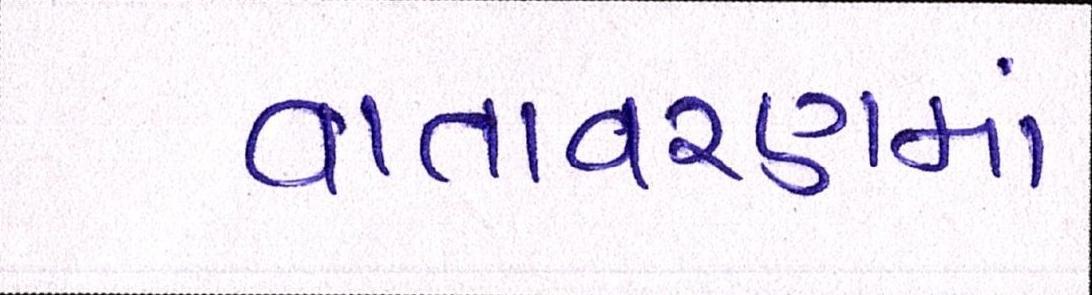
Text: વાતાવરણમાં